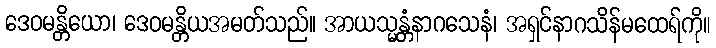
ဒေဝမန္တိယော၊ ဒေဝမန္တိယအမတ်သည်။ အာယသ္မန္တံနာဂသေနံ၊ အရှင်နာဂသိန်မထေရ်ကို။